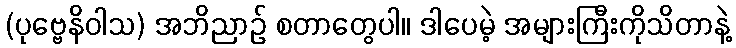
(ပုဗ္ဗေနိဝါသ) အဘိညာဉ် စတာတွေပါ။ ဒါပေမဲ့ အများကြီးကိုသိတာနဲ့